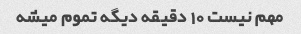
مهم نیست 10 دقیقه دیگه تموم میشه